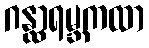
ဂန္ထာရမ္ဘကထာ